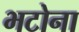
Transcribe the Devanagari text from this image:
भटोना